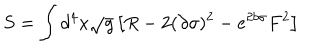
S = \int d ^ { 4 } x \sqrt { g } \left[ R - 2 ( \partial \sigma ) ^ { 2 } - e ^ { 2 b \sigma } F ^ { 2 } \right]